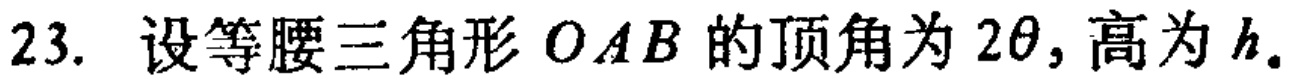
23. 设等腰三角形 \(OAB\) 的顶角为 \(2\theta\), 高为 \(h\).